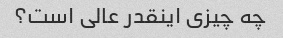
چه چیزی اینقدر عالی است؟